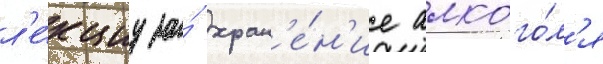
л'е́кциу за́ хран'е́н'ие алкого́л'я